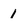
Character: l